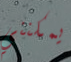
يمكنني